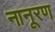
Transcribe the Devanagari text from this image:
नानूरण